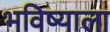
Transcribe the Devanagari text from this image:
भविष्याला